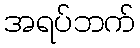
အရပ်ဘက်